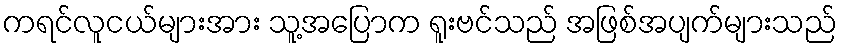
ကရင်လူငယ်များအား သူ့အပြောက ရူးဗင်သည် အဖြစ်အပျက်များသည်